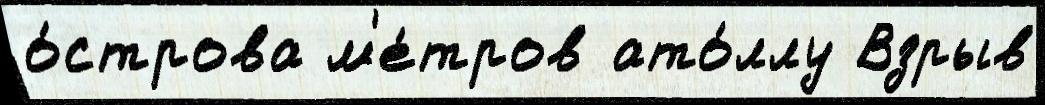
о́строва м'е́тров ато́ллу Взрыв